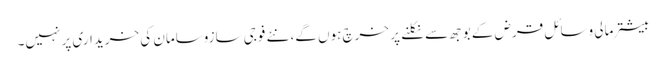
بیشتر مالی وسائل قرض کے بوجھ سے نکلنے پر خرچ ہوں گے، نئے فوجی سازوسامان کی خریداری پر نہیں۔